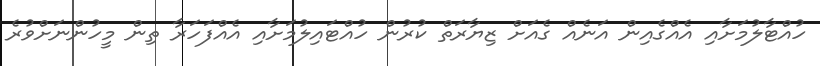
ހުއްޓާލުމަށާއި އެއްގެއިން އަނެއް ގެއަށް ޒިޔާރަތް ކުރުން ހުއްޓައިލުމަށާއި އެއްފަހަރާ ތިން މީހުންނަށްވުރެ